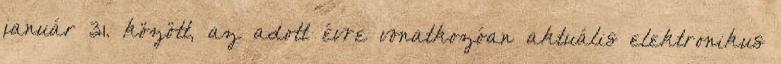
január 31. között, az adott évre vonatkozóan aktuális elektronikus